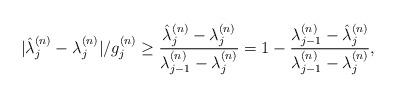
LaTeX: \begin{align*} |\hat\lambda_j^{(n)}-\lambda_j^{(n)}|/g_j^{(n)}\geq \frac{\hat\lambda_j^{(n)}-\lambda_j^{(n)}}{\lambda_{j-1}^{(n)}-\lambda_j^{(n)}}= 1-\frac{\lambda_{j-1}^{(n)}-\hat\lambda_j^{(n)}}{\lambda_{j-1}^{(n)}-\lambda_j^{(n)}},\end{align*}